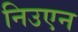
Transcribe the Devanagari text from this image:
निउएन